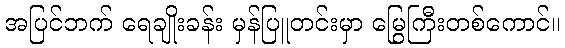
အပြင်ဘက် ရေချိုးခန်း မှန်ပြူတင်းမှာ မြွေကြီးတစ်ကောင်။